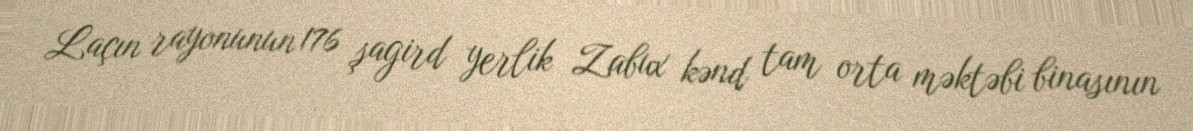
Laçın rayonunun 176 şagird yerlik Zabux kənd tam orta məktəbi binasının